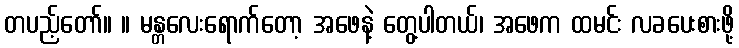
တပည့်တော်။ ။ မန္တလေးရောက်တော့ အဖေနဲ့ တွေ့ပါတယ်၊ အဖေက ထမင်း လခပေးစားဖို့